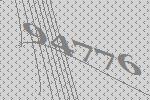
94776